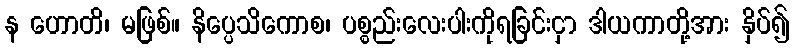
န ဟောတိ၊ မဖြစ်။ နိပ္ပေသိကောစ၊ ပစ္စည်းလေးပါးကိုရခြင်းငှာ ဒါယကာတို့အား နှိပ်၍